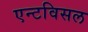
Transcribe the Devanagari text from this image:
एन्टविसल